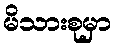
မိသားစုမှာ